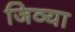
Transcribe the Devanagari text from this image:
जिव्या